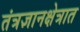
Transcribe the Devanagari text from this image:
तंत्रज्ञानक्षेत्रात